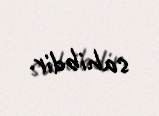
sahibdir.